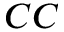
C C